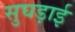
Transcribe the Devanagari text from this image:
सुघड़ाई